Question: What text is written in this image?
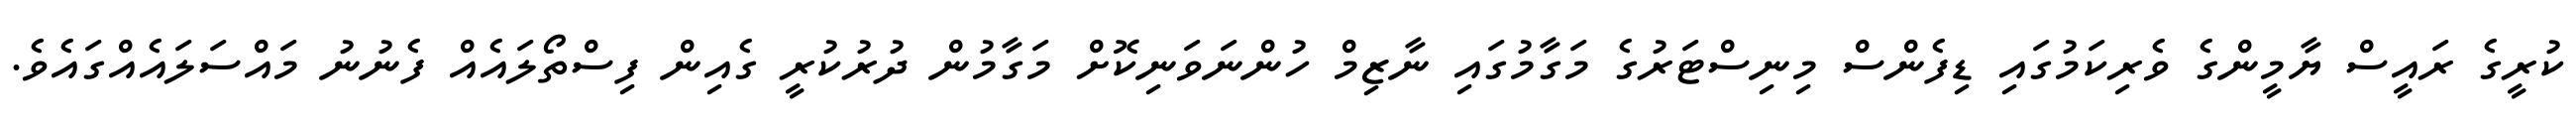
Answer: ކުރީގެ ރައީސް ޔާމީންގެ ވެރިކަމުގައި ޑިފެންސް މިނިސްޓަރުގެ މަގާމުގައި ނާޒިމް ހުންނަވަނިކޮށް މަގާމުން ދުރުކުރީ ގެއިން ފިސްތޯލައެއް ފެނުނު މައްސަލައެއްގައެވެ.